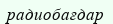
радиобағдар